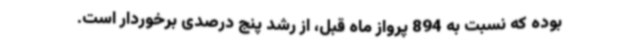
بوده که نسبت به 894 پرواز ماه قبل، از رشد پنج درصدی برخوردار است.